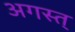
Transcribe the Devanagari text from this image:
अगस्त्